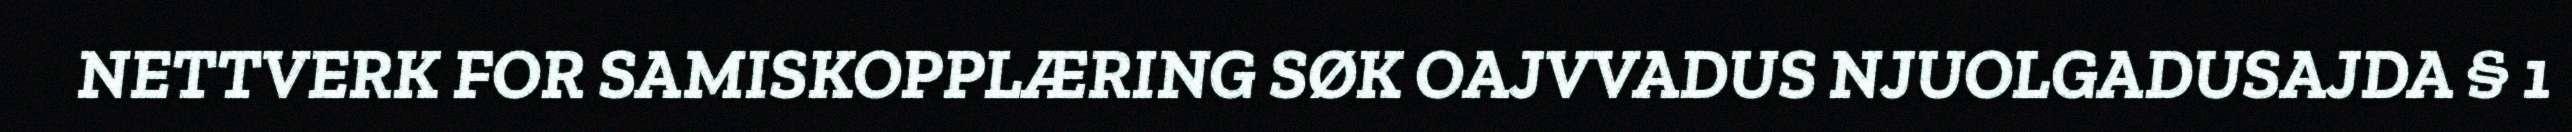
NETTVERK FOR SAMISKOPPLÆRING SØK OAJVVADUS NJUOLGADUSAJDA § 1